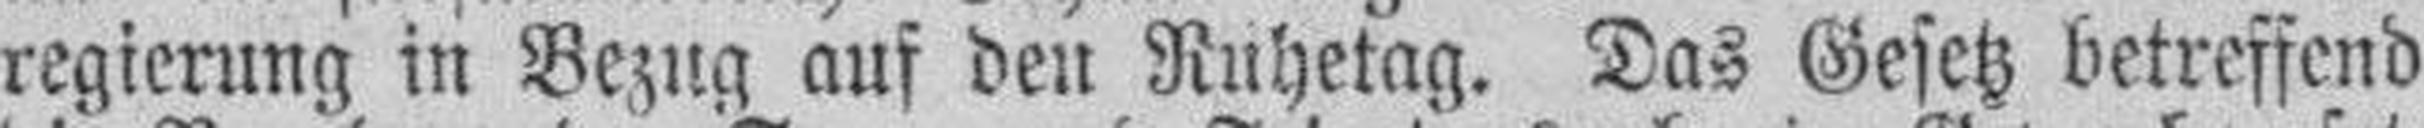
regierung in Bezug auf den Ruhetag. Das Gesetz betreffend